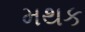
મથક